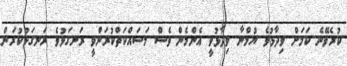
ކުރެވޭނެ ކަމަށް ވިދާޅުވެ ޔުމްނާ ވިދާޅުވީ އެންމެން ވެސް މަސައްކަތްކުރަންވީ ރަނގަޅުވެ ރަނގަޅުކުރަން